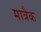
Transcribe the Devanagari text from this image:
मात्रैक